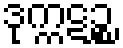
ဒုက္ကဋဉ္စ